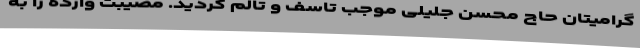
گرامیتان حاج محسن جلیلی موجب تاسف و تالم گردید. مصیبت وارده را به